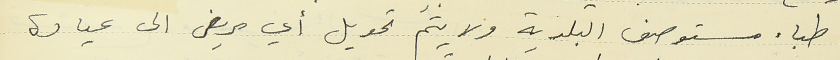
أطباء مستوصف البلدية ولا يتم تحويل أي مريض الى عيادة